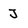
Character: J